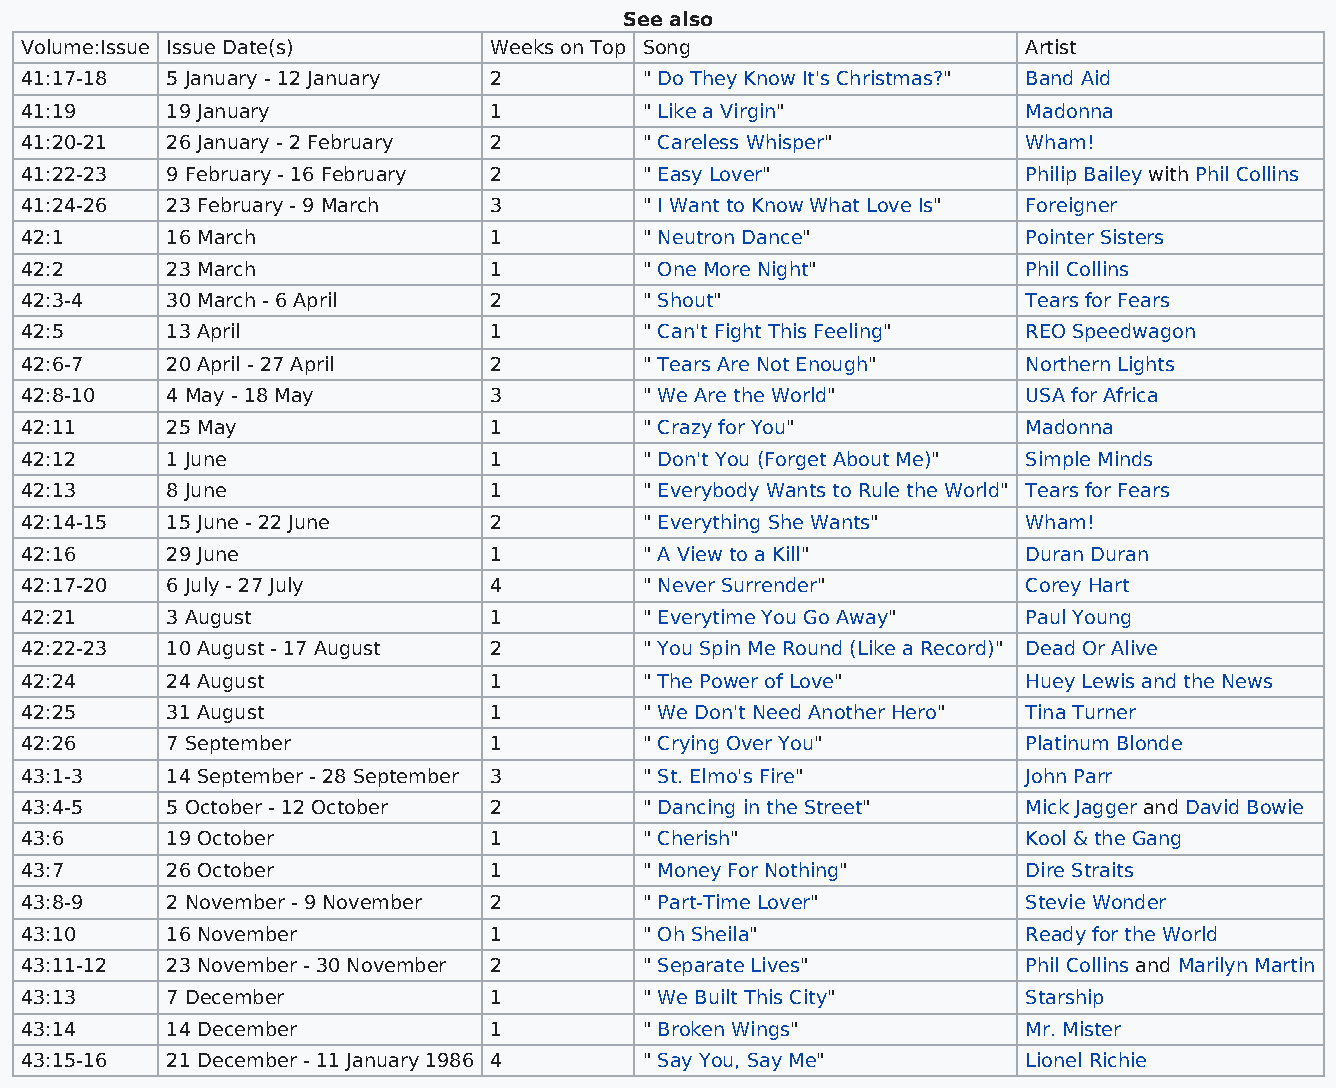
See also
 Volume:Issue Issue Date(s)     Weeks on Top Song                   Artist
 41:17-18  5 January - 12 January 2        " Do They Know It's Christmas?" Band Aid
 41:19     19 January           1          " Like a Virgin"         Madonna
 41:20-21  26 January - 2 February 2       " Careless Whisper"      Wham!
 41:22-23  9 February - 16 February 2      " Easy Lover"            Philip Bailey with Phil Collins
 41:24-26  23 February - 9 March 3         " I Want to Know What Love Is" Foreigner
 42:1      16 March             1          " Neutron Dance"         Pointer Sisters
 42:2      23 March             1          " One More Night"        Phil Collins
 42:3-4    30 March - 6 April   2          " Shout"                 Tears for Fears
 42:5      13 April             1          " Can't Fight This Feeling" REO Speedwagon
 42:6-7    20 April - 27 April  2          " Tears Are Not Enough"  Northern Lights
 42:8-10   4 May - 18 May       3          " We Are the World"      USA for Africa
 42:11     25 May               1          " Crazy for You"         Madonna
 42:12     1 June               1          " Don't You (Forget About Me)" Simple Minds
 42:13     8 June               1          " Everybody Wants to Rule the World" Tears for Fears
 42:14-15  15 June - 22 June    2          " Everything She Wants"  Wham!
 42:16     29 June              1          " A View to a Kill"      Duran Duran
 42:17-20  6 July - 27 July     4          " Never Surrender"       Corey Hart
 42:21     3 August             1          " Everytime You Go Away" Paul Young
 42:22-23  10 August - 17 August 2         " You Spin Me Round (Like a Record)" Dead Or Alive
 42:24     24 August            1          " The Power of Love"     Huey Lewis and the News
 42:25     31 August            1          " We Don't Need Another Hero" Tina Turner
 42:26     7 September          1          " Crying Over You"       Platinum Blonde
 43:1-3    14 September - 28 September 3   " St. Elmo's Fire"       John Parr
 43:4-5    5 October - 12 October 2        " Dancing in the Street" Mick Jagger and David Bowie
 43:6      19 October           1          " Cherish"               Kool & the Gang
 43:7      26 October           1          " Money For Nothing"     Dire Straits
 43:8-9    2 November - 9 November 2       " Part-Time Lover"       Stevie Wonder
 43:10     16 November          1          " Oh Sheila"             Ready for the World
 43:11-12  23 November - 30 November 2     " Separate Lives"        Phil Collins and Marilyn Martin
 43:13     7 December           1          " We Built This City"    Starship
 43:14     14 December          1          " Broken Wings"          Mr. Mister
 43:15-16  21 December - 11 January 1986 4 " Say You, Say Me"       Lionel Richie